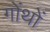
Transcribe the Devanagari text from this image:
गोंथों